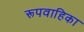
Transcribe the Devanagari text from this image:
रूपवाहिका